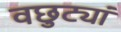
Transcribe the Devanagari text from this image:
वछुट्यां